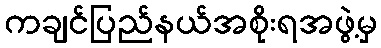
ကချင်ပြည်နယ်အစိုးရအဖွဲ့မှ